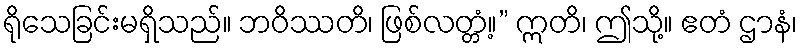
ရိုသေခြင်းမရှိသည်။ ဘဝိဿတိ၊ ဖြစ်လတ္တံ့။” ဣတိ၊ ဤသို့။ ဧတံ ဌာနံ၊